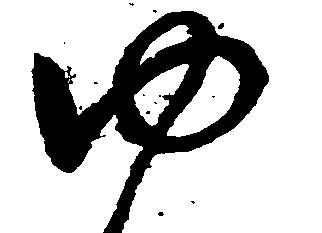
ゆ